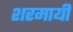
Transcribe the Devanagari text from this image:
शरमायी